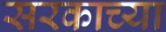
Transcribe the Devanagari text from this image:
सरकाच्या